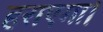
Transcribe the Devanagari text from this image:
हराएगा।